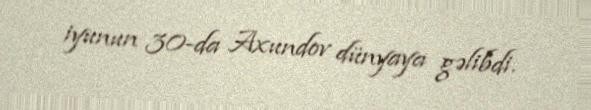
iyunun 30-da Axundov dünyaya gəlibdi.